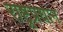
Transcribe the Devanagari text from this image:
राष्ट्रप्रधान